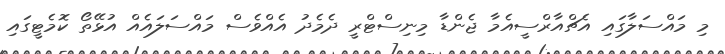
މި މައްސަލާގައި އެޗްއާރްސީއެމާ ޖެންޑާ މިނިސްޓްރީ ދެމެދު އެއްވެސް މައްސަލައެއް އުޅޭތޯ ކޮމެޓީގައި